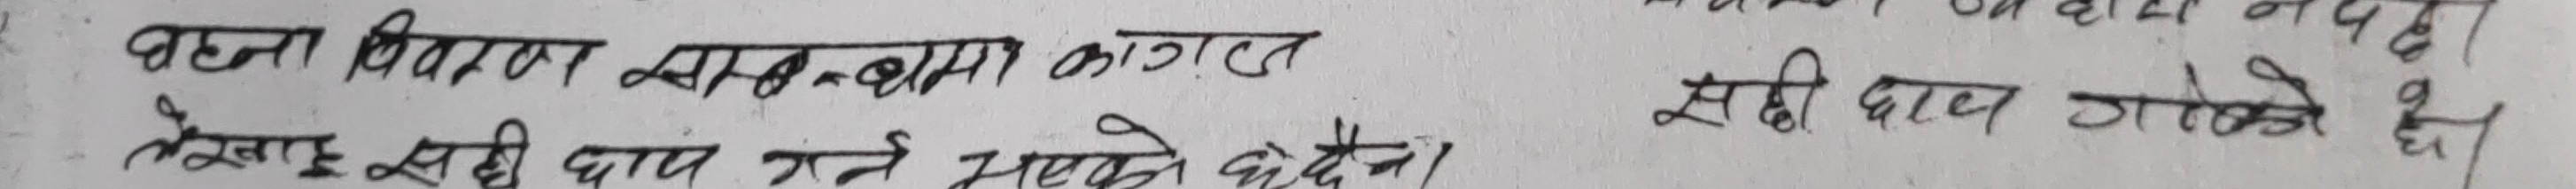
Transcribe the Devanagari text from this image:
बचना बिचार सम्पन्नमा कागजी
लेखाइ सही काम गर्ने सक्ने छैन।  सही पाय जाने छ।